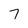
Character: 7